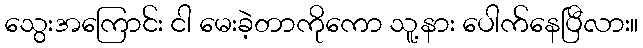
သွေးအကြောင်း ငါ မေးခဲ့တာကိုကော သူ့နား ပေါက်နေပြီလား။